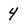
Character: 4